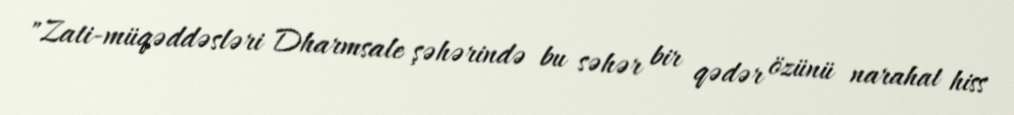
"Zati-müqəddəsləri Dharmsale şəhərində bu səhər bir qədər özünü narahat hiss